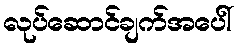
လုပ်ဆောင်ချက်အပေါ်